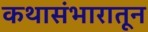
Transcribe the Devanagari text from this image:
कथासंभारातून